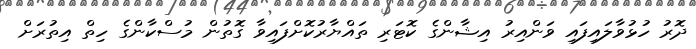
ދޮރު ހުޅުވާލައިފައި ވަންއިރު އިޝާންގެ ކޮޓަރި ތައްޔާރުކޮށްފައިވާ ގޮތުން މުސްކާންގެ ހިތް އިތުރަށް